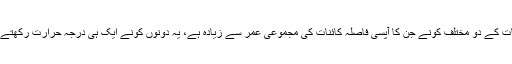
کائنات کے دو مختلف کونے جن کا آپسی فاصلہ کائنات کی مجموعی عمر سے زیادہ ہے، یہ دونوں کونے ایک ہی درجہ حرارت رکھتے ہیں۔